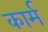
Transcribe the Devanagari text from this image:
कार्म